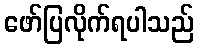
ဖော်ပြလိုက်ရပါသည်